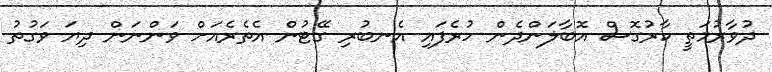
ދުވާރުމަތީ ކާރުގޮސް އޮބާލަންދެން ހުރެފައި އެނބުރި ގޭޓުން އެތެރެއަށް ވަންނަން ދިޔަ ވަގުތު